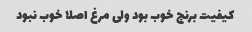
کیفیت برنج خوب بود ولی مرغ اصلا خوب نبود